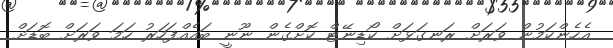
އެހެންކަމުން ވަރަށް ރަނގަޅަށް ކޯޑިނޭޓް ކޮށްގެން ނޫނީ ބައެއްފަހަރު ހަމަ ވަރަށް ބޮޑަށް